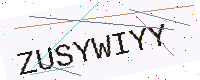
Text: ZUSYWIYY